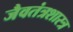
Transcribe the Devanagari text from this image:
जैवतंत्रशास्त्र